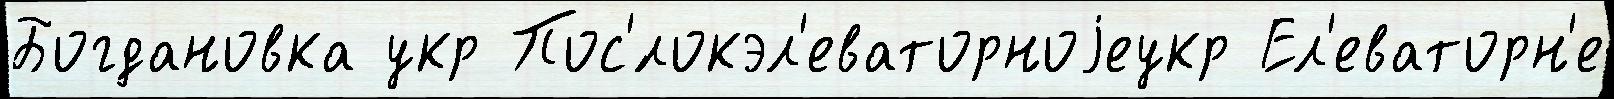
Богдановка укр Пос'́локэл'еваторноjеукр Ел'еваторн'е